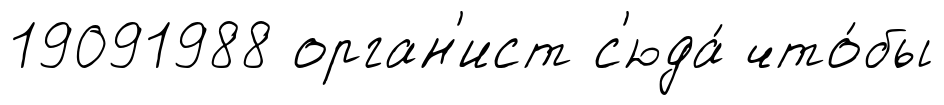
19091988 орган'ист с'юда́ что́бы